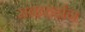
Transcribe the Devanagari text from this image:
सबव्हर्झन